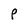
Character: P